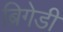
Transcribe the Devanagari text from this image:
ब्रिगेडी